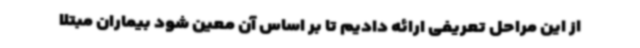
از این مراحل تعریفی ارائه دادیم تا بر اساس آن معین شود بیماران مبتلا